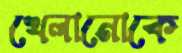
খেলানোকে